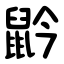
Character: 䶃